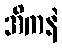
အိကနဲ